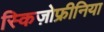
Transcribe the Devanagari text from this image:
स्किज़ोफ्रीनिया